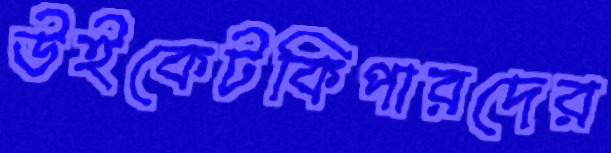
উইকেটকিপারদের